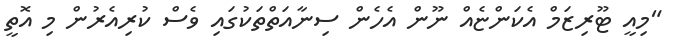
"މިއީ ޓޫރިޒަމް އެކަންޏެއް ނޫން އެހެން ސިނާއަތްތަކުގައި ވެސް ކުރިއެރުން މި އޮތީ